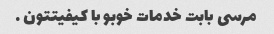
مرسی بابت خدمات خوبو با کیفیتتون …